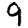
Digit: 9